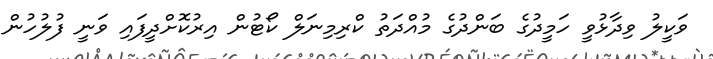
ވަކީލު ވިދާޅުވީ ހަމީދުގެ ބަންދުގެ މުއްދަތު ކްރިމިނަލް ކޯޓުން އިރުކޮށްދީފައި ވަނީ ފުލުހުން